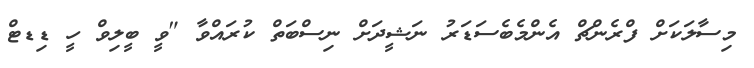
މިސާލަކަށް ފްރެންޗް އެންމެބެސަޑަރު ނަޝީދަށް ނިސްބަތް ކުރައްވާ "ވީ ބީލިވް ހީ ޑިޑޓް